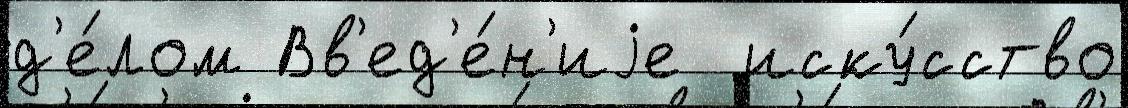
д'е́лом Вв'ед'е́н'иjе  иску́сство